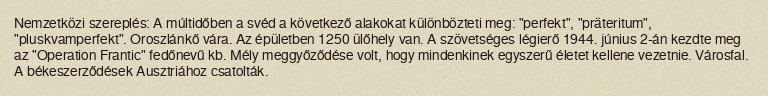
Nemzetközi szereplés: A múltidőben a svéd a következő alakokat különbözteti meg: "perfekt", "präteritum", "pluskvamperfekt". Oroszlánkő vára. Az épületben 1250 ülőhely van. A szövetséges légierő 1944. június 2-án kezdte meg az "Operation Frantic" fedőnevű kb. Mély meggyőződése volt, hogy mindenkinek egyszerű életet kellene vezetnie. Városfal. A békeszerződések Ausztriához csatolták.